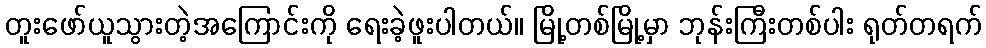
တူးဖော်ယူသွားတဲ့အကြောင်းကို ရေးခဲ့ဖူးပါတယ်။ မြို့တစ်မြို့မှာ ဘုန်းကြီးတစ်ပါး ရုတ်တရက်